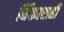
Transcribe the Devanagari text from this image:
चिंकाराही